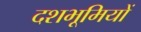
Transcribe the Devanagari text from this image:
दशभूमियों